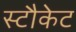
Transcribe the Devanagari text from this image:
स्टौकेट